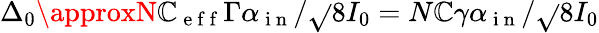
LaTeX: \Delta_{0}\approxN\mathbb{C}_{\mathrm{{~e~f~f~}}}\Gamma\alpha_{\mathrm{{~i~n~}}}/\sqrt{}{{8I_{0}}}=N\mathbb{C}\gamma\alpha_{\mathrm{{~i~n~}}}/\sqrt{}{{8I_{0}}}